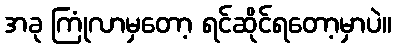
အခု ကြုံလာမှတော့ ရင်ဆိုင်ရတော့မှာပဲ။